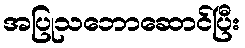
အပြုသဘောဆောင်ပြီး